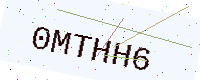
Text: 0MTHH6